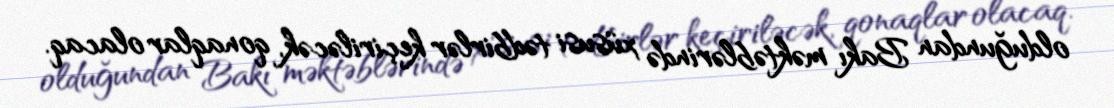
olduğundan Bakı məktəblərində xüsusi tədbirlər keçiriləcək, qonaqlar olacaq.